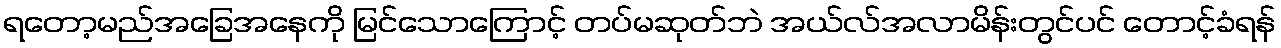
ရတော့မည်အခြေအနေကို မြင်သောကြောင့် တပ်မဆုတ်ဘဲ အယ်လ်အလာမိန်းတွင်ပင် တောင့်ခံရန်